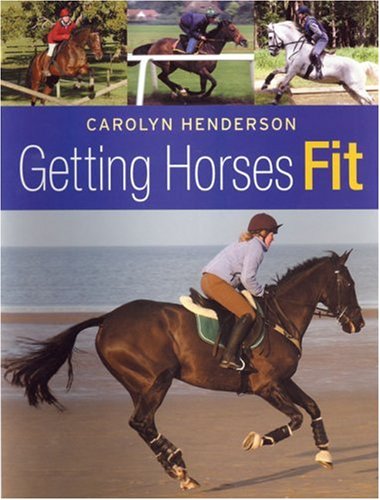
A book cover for Getting Horses Fit; Carolyn Henderson; Crafts, Hobbies & Home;